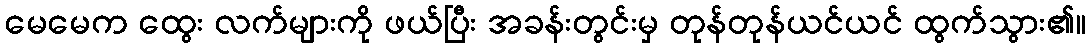
မေမေက ထွေး လက်များကို ဖယ်ပြီး အခန်းတွင်းမှ တုန်တုန်ယင်ယင် ထွက်သွား၏။